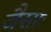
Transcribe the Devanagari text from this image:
जैसाः